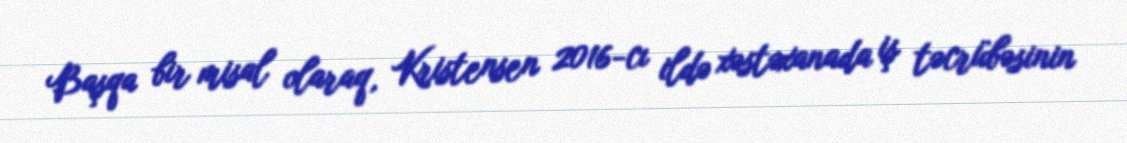
Başqa bir misal olaraq, Kristensen 2016-cı ildə xəstəxanada iş təcrübəsinin